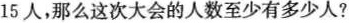
15人，那么这次大会的人数至少有多少人?